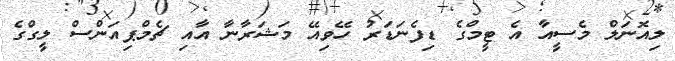
ލިއޮނަލް މެސީއާ އެ ޓީމްގެ ޑިފެނަޑަރު ހޭވިއޭ މަޝަރާނާ އާއި ޗެމްޕިއަންސް ލީގްގެ